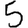
Digit: 5